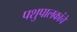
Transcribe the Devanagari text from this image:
पशुपालकांचे